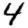
Digit: 4